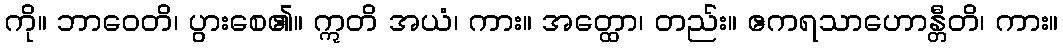
ကို။ ဘာဝေတိ၊ ပွားစေ၏။ ဣတိ အယံ၊ ကား။ အတ္ထော၊ တည်း။ ဧကရသာဟောန္တီတိ၊ ကား။